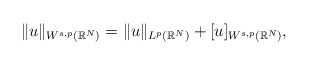
\begin{align*}\|u\|_{W^{s,p}(\mathbb{R}^N)}=\|u\|_{L^p(\mathbb{R}^N)}+[u]_{W^{s,p}(\mathbb{R}^N)},\end{align*}